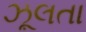
ઝૂલતા